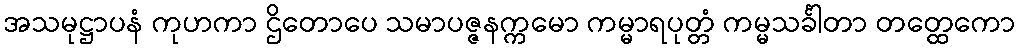
အသမုဋ္ဌာပနံ ကုဟကာ ဌိတောပေ သမာပဇ္ဇနက္ကမော ကမ္မာရပုတ္တံ ကမ္မသင်္ခါတာ တတ္ထေကော